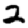
Digit: 2